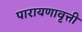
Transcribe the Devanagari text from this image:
पारायणावृत्ती